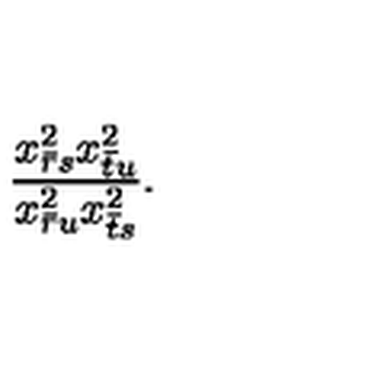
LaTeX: \displaystyle { \frac { x _ { \bar { r } s } ^ { 2 } x _ { \bar { t } u } ^ { 2 } } { x _ { \bar { r } u } ^ { 2 } x _ { \bar { t } s } ^ { 2 } } } .